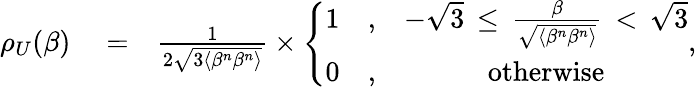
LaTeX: \begin{array}{rlr}{\rho_{U}(\beta)}&{{}=}&{\frac{1}{2\sqrt{3\langle\beta^{n}\beta^{n}\rangle}}\times\left\{ \begin{array}{ccc}{1}&{,}&{-\sqrt{3}\, \le\, \frac{\beta}{\sqrt{\langle\beta^{n}\beta^{n}\rangle}}\, <\, \sqrt{3}}\\ {0}&{,}&{\mathrm{otherwise}}\end{array}\right.,}\end{array}